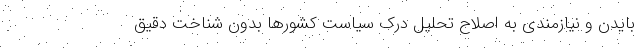
بایدن و نیازمندی به اصلاح تحلیل درک سیاست کشورها بدون شناخت دقیق